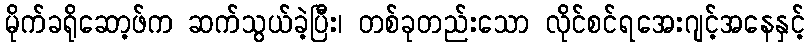
မိုက်ခရိုဆော့ဖ်က ဆက်သွယ်ခဲ့ပြီး၊ တစ်ခုတည်းသော လိုင်စင်ရအေးဂျင့်အနေနှင့်